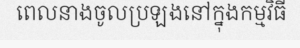
ពេលនាងចូលប្រឡងនៅក្នុងកម្មវិធី